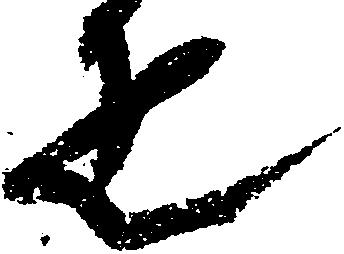
疋